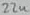
Text: 22u